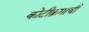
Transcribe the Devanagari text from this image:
कोटीक्रमाची